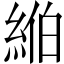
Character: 𦀪